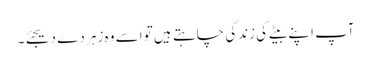
آپ اپنے بیٹے کی زندگی چاہتے ہیں تو اسے وہ زہر دے دیجئے۔